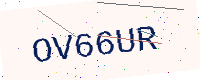
Text: OV66UR